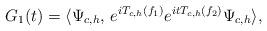
LaTeX: \begin{align*}G_1(t) = \langle\Psi_{c,h}, \, e^{iT_{c,h}(f_1)} e^{itT_{c,h}(f_2)}\Psi_{c,h}\rangle,\end{align*}